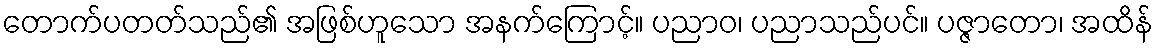
တောက်ပတတ်သည်၏ အဖြစ်ဟူသော အနက်ကြောင့်။ ပညာဝ၊ ပညာသည်ပင်။ ပဇ္ဇာတော၊ အထိန်